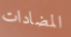
المضادات